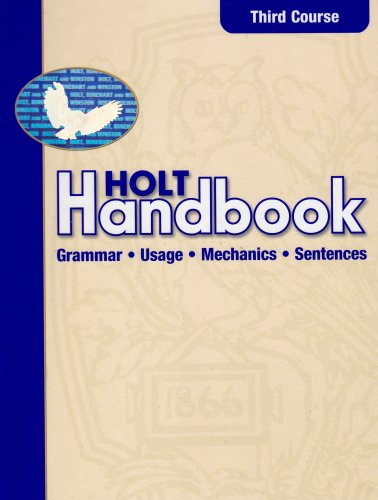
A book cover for Holt Handbook: Student Edition Third Course 2003; RINEHART AND WINSTON HOLT; Teen & Young Adult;